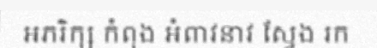
អភរិក្ស កំពុង អំពាវនាវ ស្វែង រក